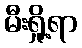
မီးရှို့ရာ